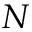
N